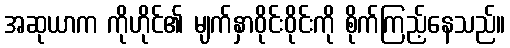
အဆုယာက ကိုဟိုင်၏ မျက်နှာဝိုင်းဝိုင်းကို စိုက်ကြည့်နေသည်။